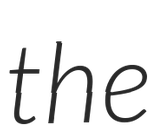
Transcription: the